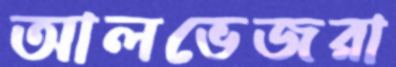
আলভেজরা